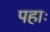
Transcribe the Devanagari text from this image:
पहाः